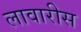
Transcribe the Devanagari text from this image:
लावारीस